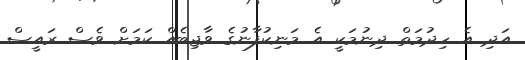
އަދި އެ ހިދުމަތް ދިނުމަކީ އެ މަނިކުފާނުގެ ވާޖިބެއް ކަމަށް ވެސް ރައީސް